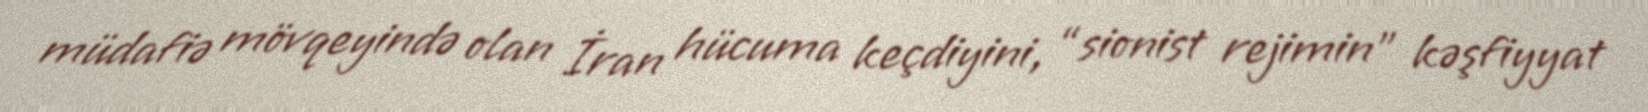
müdafiə mövqeyində olan İran hücuma keçdiyini, “sionist rejimin” kəşfiyyat